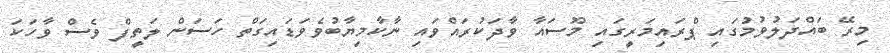
މިރޭ ބައްދަލުވުމުގައި ޕްރައިމަރީގައި މޫސައާ ވާދަކުރައްވައި ނާކާމިޔާބުވެވަޑައިގަތް ހަސަން ލަތީފް ވެސް ވާހަކަ